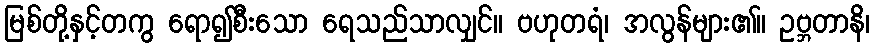
မြစ်တို့နှင့်တကွ ရော၍စီးသော ရေသည်သာလျှင်။ ဗဟုတရံ၊ အလွန်များ၏။ ဥဗ္ဘတာနိ၊